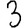
Digit: 3